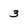
Character: 3